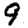
Digit: 9